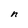
Character: n